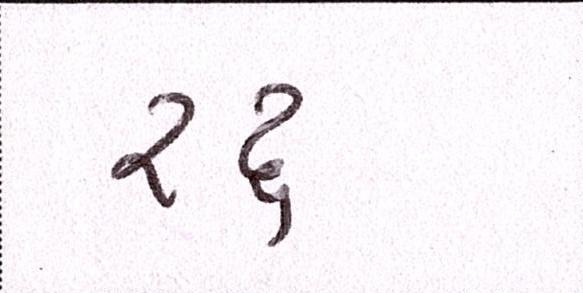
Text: રદ્દ